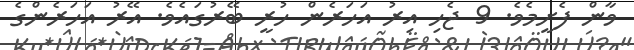
ވާން ފެށީމެވެ. 9 ޖެހި އިރު އަހަރެން ހުރީ ބޭރުގައެވެ. އޭރު އަހަރެންގެ